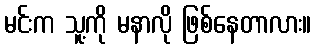
မင်းက သူ့ကို မနာလို ဖြစ်နေတာလား။